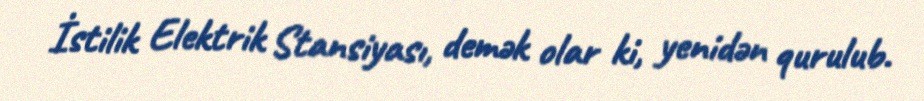
İstilik Elektrik Stansiyası, demək olar ki, yenidən qurulub.